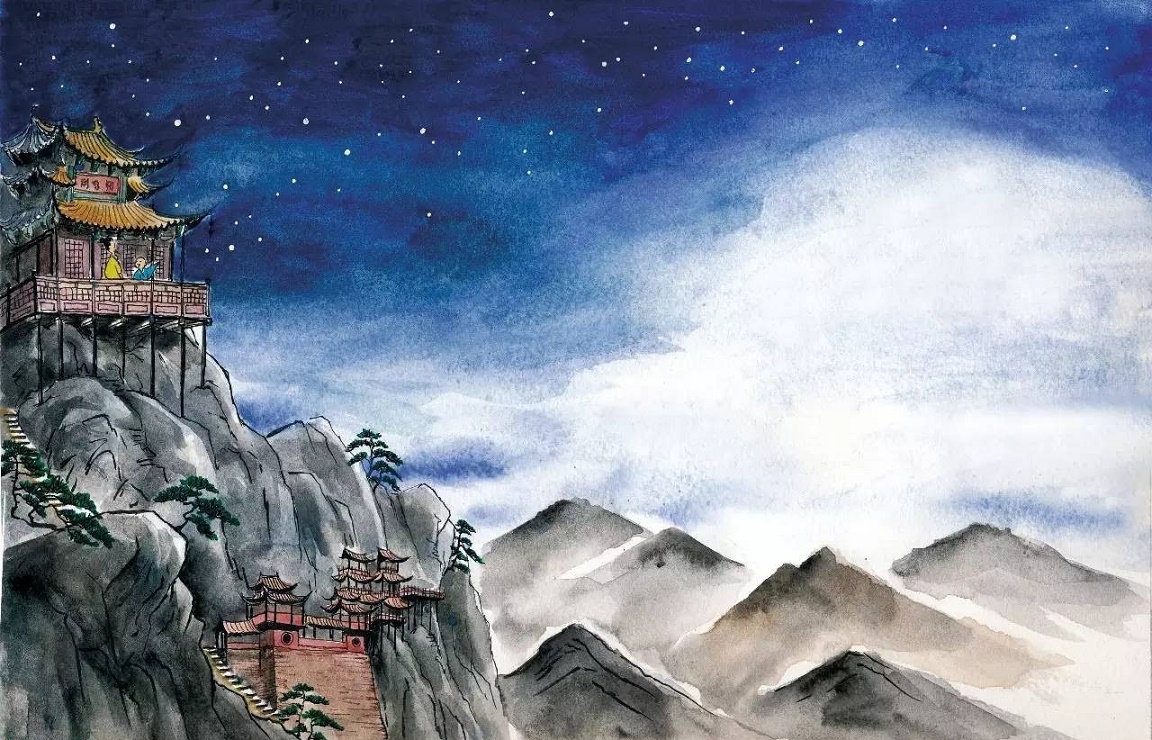
危楼高百尺，手可摘星辰。